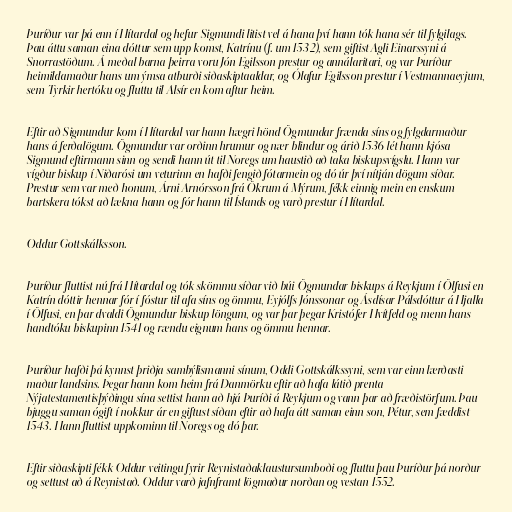
Þuríður var þá enn í Hítardal og hefur Sigmundi litist vel á hana því hann tók hana sér til fylgilags.
Þau áttu saman eina dóttur sem upp komst, Katrínu (f. um 1532), sem giftist Agli Einarssyni á
Snorrastöðum. Á meðal barna þeirra voru Jón Egilsson prestur og annálaritari, og var Þuríður
heimildamaður hans um ýmsa atburði siðaskiptaaldar, og Ólafur Egilsson prestur í Vestmannaeyjum,
sem Tyrkir hertóku og fluttu til Alsír en kom aftur heim.

Eftir að Sigmundur kom í Hítardal var hann hægri hönd Ögmundar frænda síns og fylgdarmaður
hans á ferðalögum. Ögmundur var orðinn hrumur og nær blindur og árið 1536 lét hann kjósa
Sigmund eftirmann sinn og sendi hann út til Noregs um haustið að taka biskupsvígslu. Hann var
vígður biskup í Niðarósi um veturinn en hafði fengið fótarmein og dó úr því nítján dögum síðar.
Prestur sem var með honum, Árni Arnórsson frá Ökrum á Mýrum, fékk einnig mein en enskum
bartskera tókst að lækna hann og fór hann til Íslands og varð prestur í Hítardal.

Oddur Gottskálksson.

Þuríður fluttist nú frá Hítardal og tók skömmu síðar við búi Ögmundar biskups á Reykjum í Ölfusi en
Katrín dóttir hennar fór í fóstur til afa síns og ömmu, Eyjólfs Jónssonar og Ásdísar Pálsdóttur á Hjalla
í Ölfusi, en þar dvaldi Ögmundur biskup löngum, og var þar þegar Kristófer Hvítfeld og menn hans
handtóku biskupinn 1541 og rændu eignum hans og ömmu hennar.

Þuríður hafði þá kynnst þriðja sambýlismanni sínum, Oddi Gottskálkssyni, sem var einn lærðasti
maður landsins. Þegar hann kom heim frá Danmörku eftir að hafa látið prenta
Nýjatestamentisþýðingu sína settist hann að hjá Þuríði á Reykjum og vann þar að fræðistörfum. Þau
bjuggu saman ógift í nokkur ár en giftust síðan eftir að hafa átt saman einn son, Pétur, sem fæddist
1543. Hann fluttist uppkominn til Noregs og dó þar.

Eftir siðaskipti fékk Oddur veitingu fyrir Reynistaðaklaustursumboði og fluttu þau Þuríður þá norður
og settust að á Reynistað. Oddur varð jafnframt lögmaður norðan og vestan 1552.